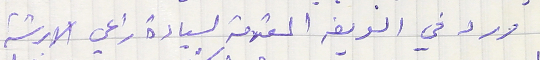
ورد في العريضه المقدمة لسيادة راعي الابرشية